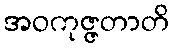
အဝကုဇ္ဇတာတိ